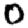
Digit: 0